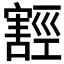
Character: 𭔛